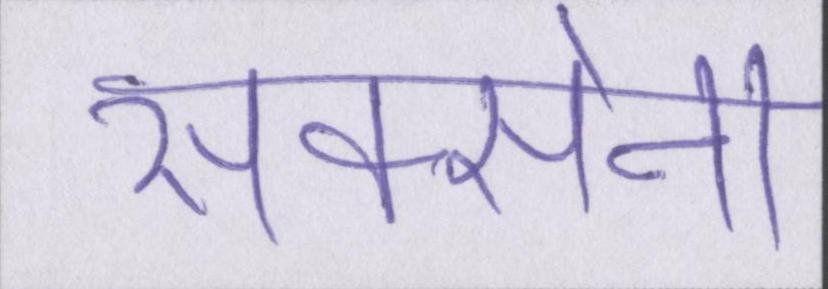
सक्सेना